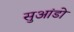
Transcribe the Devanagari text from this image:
सुआंडो